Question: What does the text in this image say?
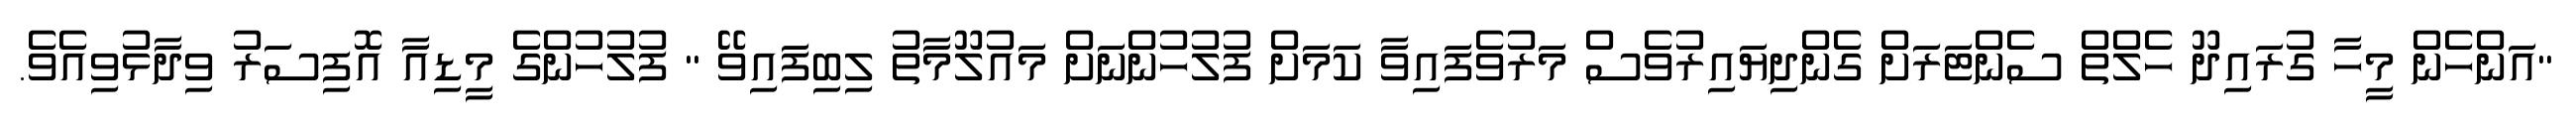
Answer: "އަންހެން މީހާ ގުރައިދޫ ހެލްތް ސެންޓަރަށް ގެންދިޔައިރުވެސް މަރުވެފައިވާ ކަމަށް ފުލުހުންނަށް މައުލޫމާތު ލިބިފައިވޭ " ފުލުހުންގެ މީޑިއާ އޮފިސަރު ވިދާޅުވިއެވެ.